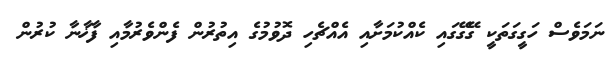
ނަމަވެސް ހަގީގަތަކީ ގޭގޭގައި ކެއްކުމަށާއި އެއްޗެހި ދޮވުމުގެ އިތުރުން ފެންވެރުމާއި ފާޚާނާ ކުރުން